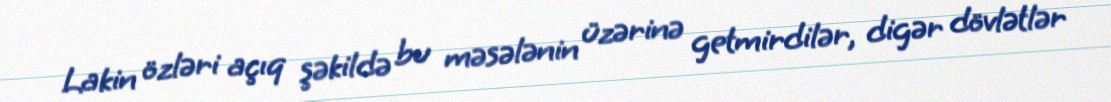
Lakin özləri açıq şəkildə bu məsələnin üzərinə getmirdilər, digər dövlətlər